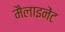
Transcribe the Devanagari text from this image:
मैलाइनेंट